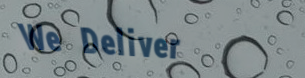
We Deliver